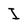
Character: I